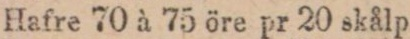
Hafre 70 à 75 öre pr 20 skålp.